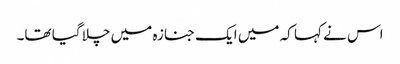
اس نے کہا کہ میں ایک جنازہ میں چلا گیا تھا۔